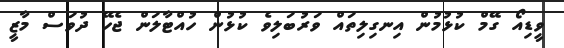
ވީޑިއޯ ގޭމް ކުޅުމުން އިނގިލިތައް ވަރުބަލިވެ ކުޅުން ހުއްޓާލަން ޖެހޭ ދުވަސް މާޒީ